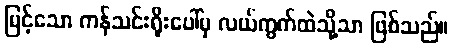
မြင့်သော ကန်သင်းရိုးပေါ်မှ လယ်ကွက်ထဲသို့သာ ဖြစ်သည်။